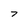
Character: 7